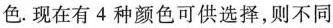
色。现在有 4 种颜色可供选择，则不同